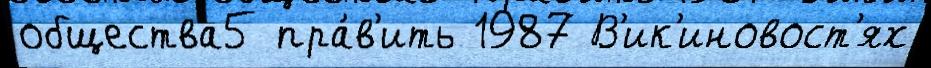
общества5 пра́в'ить 1987 В'ик'иновост'ях